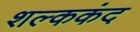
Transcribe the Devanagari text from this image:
शल्ककंद